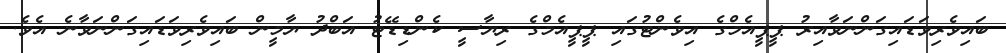
ބައިވެރިވަޑައިގަންނަވާއިރު ޕީޕީއެމްގެ އިވެންޓުގައި ޕީޕީއެމްގެ ރިޔާސީ ކެންޑިޑޭޓު އަބްދު ޔާމީން ބައިވެރިވަޑައިގަންނަވާނެ އެވެ.